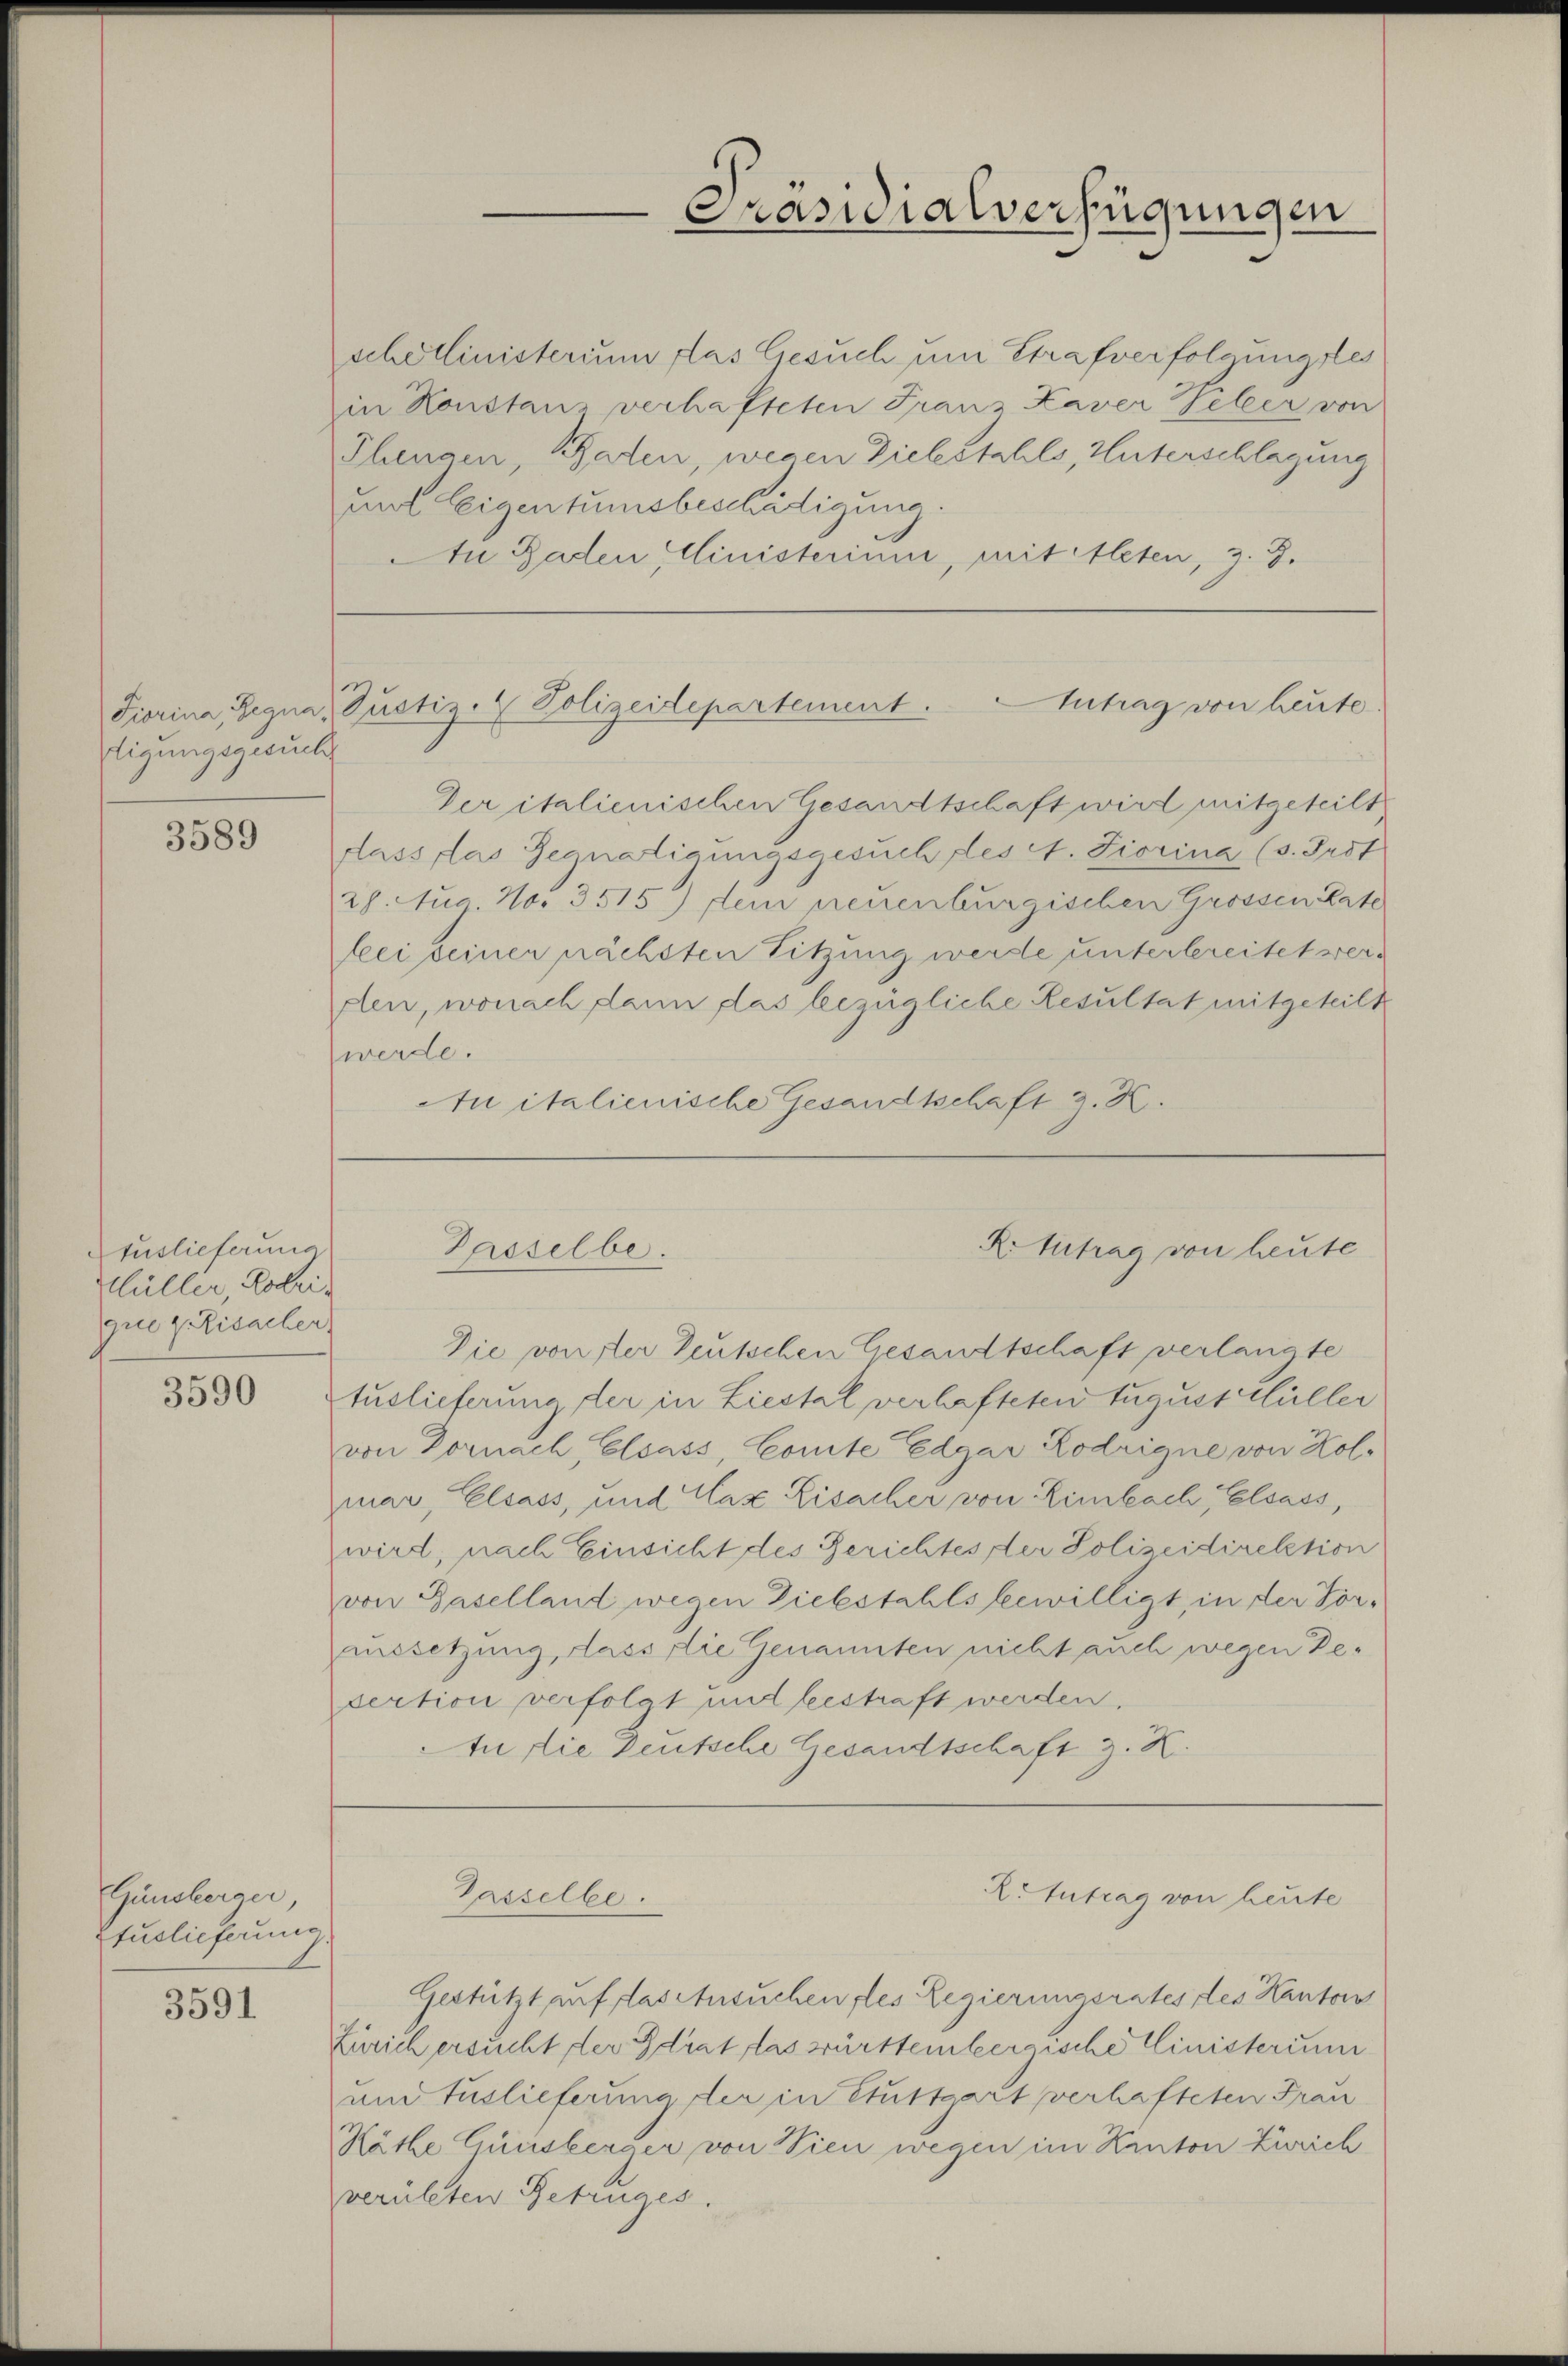
tigungsgesuch

3589

tuslieferung
Hüller, Lotrique v. Lisacher

3590

Ginsberger,
Pfuslieferung

3591

schellinisterium das Gesuch um Strafverfolgungsles
in Konstanz verhafteten Franz Kaver Veter von
Thengen, Baden, wegen Diebstahls, Unterschlagung
auf Leigentumsbeschädigung.
An Gaden Ministerium, mit Alten, z. Z.

Fiorina, Gegna Justiz- & Polizeidepartement. Intrag von heute

Passelbe.

Passelbe.

Präsidialverfügungen

Der italienischen Gesandtschaft wird mitgeteilt
dass las Gegnatigungsgesuch des A. Fiorina (s. Frdt
28. Aus No. 3515) dein neuenburgischen Grossen Rate
lei seiner nächsten Sitzung werde unterbereitet werflen, wonach dann das bezügliche Resultat mitgeteilt
werde.
An italienische Gesandtschaft z. K.

R. betrag von heute

Die von der Teutschen Gesandtschaft verlangte
tuslieferung der in Liestal verhafteten tugust Müller
von Dornach Elsass, Comte Edgar Lodrigue von Kol-
mar, Elsass, und Cas Lisacher von Limbach, Elsass,
wird, nach Einsicht des Gerichtes der Polizeidirektion
von Baselland wegen Diebstahls bewilligt in der Voraussetzung, dass die Genannten nicht auch wegen Besertion verfolgt und bestraft werden.
ti die Deutsche Gesandtschaft z. K.

Gestützt auf das Ansuchen, les Regierungsrates des Kanton
Zürich ersucht, der Grat las württembergische Ministerium
un Auslieferung der in Stuttgart verhafteten Frau
Räthe Ginsberger von Wien wegen im Kanton Zürich
verübten Betruges.

R. Antrag von heute